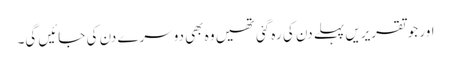
اور جو تقریریں پہلے دن کی رہ گئی تھیں وہ بھی دوسرے دن کی جائیں گی۔